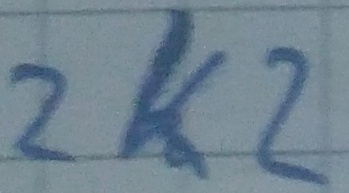
Text: 2K2